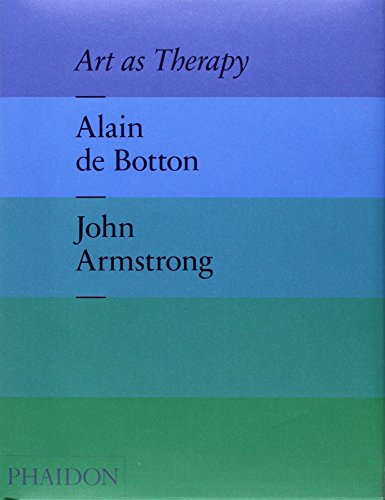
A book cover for Art as Therapy; Alain de Botton; Arts & Photography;